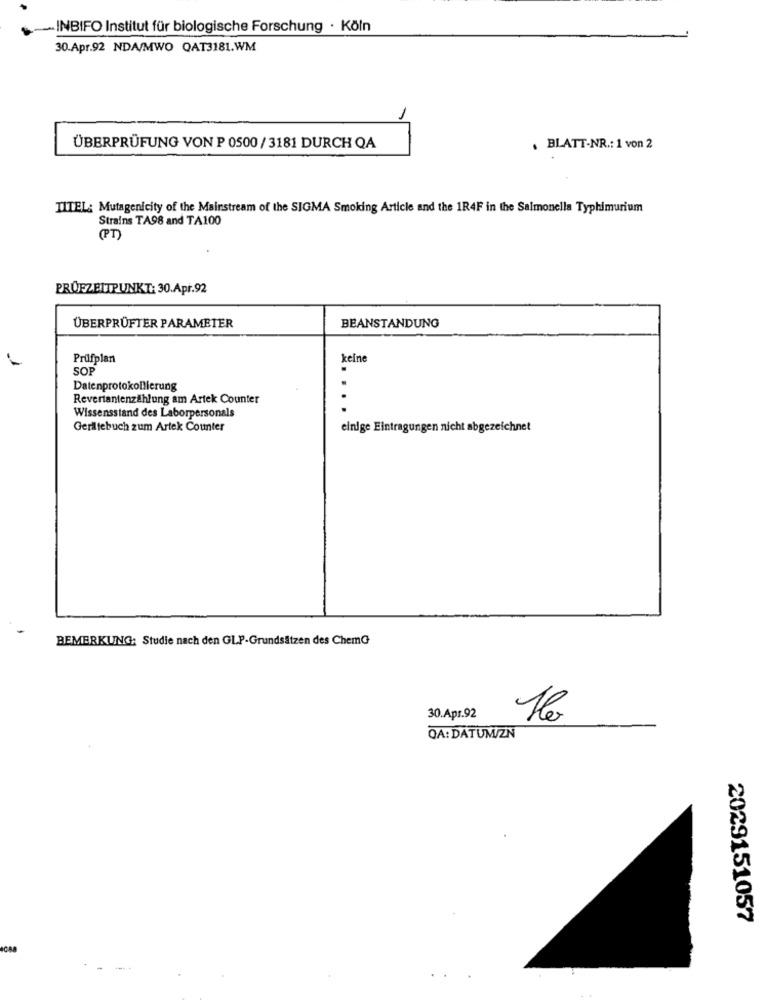
INBIFO Institut für biologische Forschung . Köln
30.Apr.92 NDA/MWO QAT3181.WM
-
ÜBERPRÜFUNG VON P 0500/ 3181 DURCH QA
. BLATT-NR .: 1 von 2
TITEL: Mutagenicity of the Mainstream of the SIGMA Smoking Article and the 1R4F in the Salmonella Typhimurium
Strains TA98 and TA100
PT)
PROFZEITPUNKT: 30.Apr.92
ÜBERPRÜFTER PARAMETER
BEANSTANDUNG
Prüfplan
keine
SO
Datenprotokollierung
.
Revertantenzählung am Artek Counter
Wissensstand des Laborpersonals
Geriltebuch zum Artek Counter
einige Eintragungen nicht abgezeichnet
BEMERKUNG: Studie nach den GLP-Grundsätzen des ChemG
30.Apr.92
OA: DATUM/ZN
2029151057